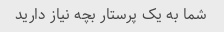
شما به یک پرستار بچه نیاز دارید